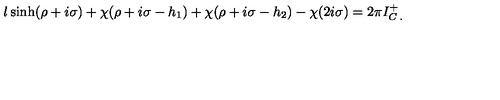
l \sinh ( \rho + i \sigma ) + \chi ( \rho + i \sigma - h _ { 1 } ) + \chi ( \rho + i \sigma - h _ { 2 } ) - \chi ( 2 i \sigma ) = 2 \pi I _ { C \: . } ^ { + }